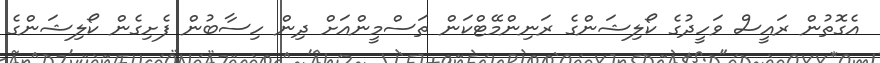
އެގޮތުން ރައީސް ވަހީދުގެ ކޯލިޝަންގެ ރަނިންމޭޓްކަން ތަސްމީންއަށް ދިން ހިސާބުން ފެށިގެން ކޯލިޝަންގެ